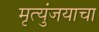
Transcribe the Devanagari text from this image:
मृत्युंजयाचा